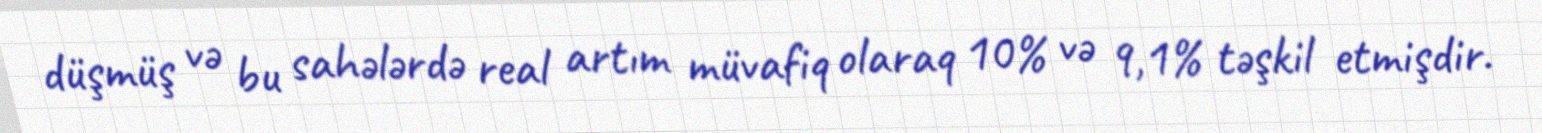
düşmüş və bu sahələrdə real artım müvafiq olaraq 10% və 9,1% təşkil etmişdir.